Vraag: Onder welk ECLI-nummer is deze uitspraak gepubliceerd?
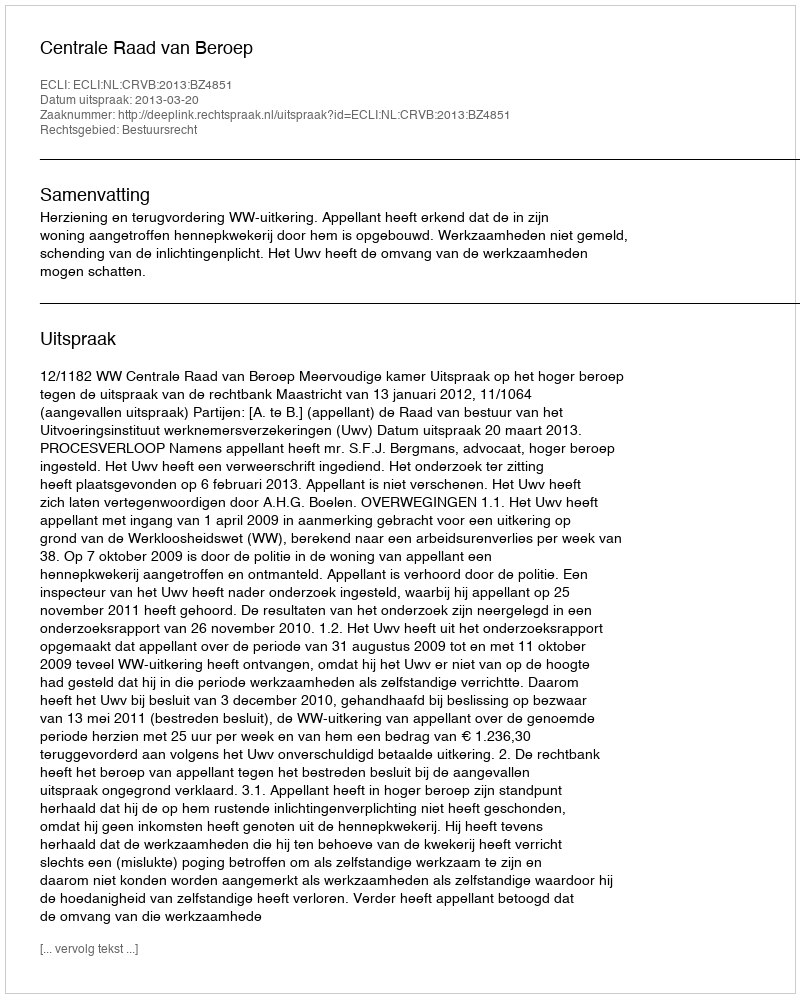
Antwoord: ECLI:NL:CRVB:2013:BZ4851